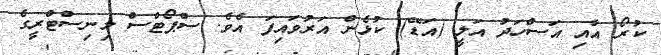
ކުރޯ އާއި އަސްހަދު އަލީ (އަޑޭ) ކުޅެން އަރުވައިފަ އެވެ. ސްޕޯޓްސް މިނިސްޓްރީގެ